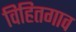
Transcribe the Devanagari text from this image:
विहितगाव